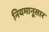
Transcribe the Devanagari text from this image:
नियमानूसार